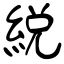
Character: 綐